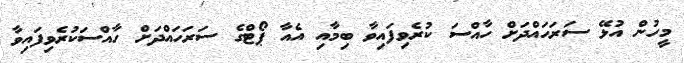
މީހުން އުޅޭ ސަރަހައްދަށް ހާއްސަ ކުރެވިފައިވާ ބިމާއި އެއާ ޕޯޓްގެ ސަރަހައްދަށް ހާއްސަކުރެވިފައިވާ